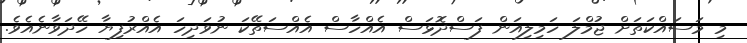
މި މަސައްކަތަށް ޖުމްލަ ހަމިލިއަން ފަސްދޮޅަސް އެއްހާސް އެއްސަތޭކަ ނުވަދިހަ އެއްރުފިޔާ ހޭދަވާނެއެވެ.